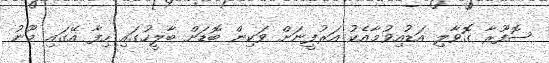
ސޮފޫރާ ގޮވާލި އަޑުއިވުމާއެކު އަރުފީނަށް ވަކިން ބޮޑަށް ބާލީހުގައި ހިފާ އޭގައި މޫނު